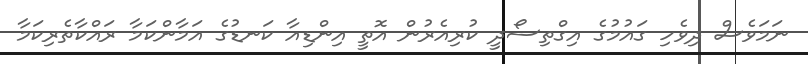
ނަމަވެސް ދިވެހި ގައުމުގެ އިގްތިސޯދީ ކުރިއެރުން އޮތީ އިންޑިއާ ކަނޑުގެ އަމާންކަމާ ރައްކާތެރިކަމާ